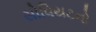
સોવિયટનો